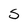
Character: 5